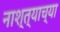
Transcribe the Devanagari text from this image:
नाश्त्याच्या